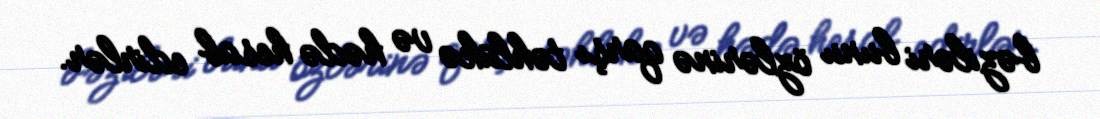
bəziləri bunu özlərinə qarşı təhlükə və hədə hesab edirlər.